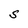
Character: S